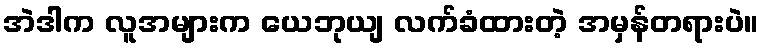
အဲဒါက လူအများက ယေဘုယျ လက်ခံထားတဲ့ အမှန်တရားပဲ။